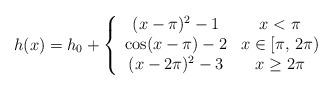
LaTeX: \begin{align*}h(x) = h_0+\left\{\begin{array}{cc}(x-\pi)^2-1 & x < \pi\\\cos(x-\pi)-2 & x \in [\pi,\,2\pi)\\(x-2\pi)^2-3 & x \ge 2\pi\end{array}\right.\end{align*}